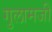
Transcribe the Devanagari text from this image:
गुलामजी